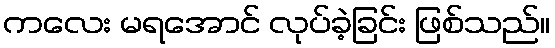
ကလေး မရအောင် လုပ်ခဲ့ခြင်း ဖြစ်သည်။